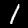
Label: 1